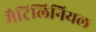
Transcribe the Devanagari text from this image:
मैट्रिलिनियल